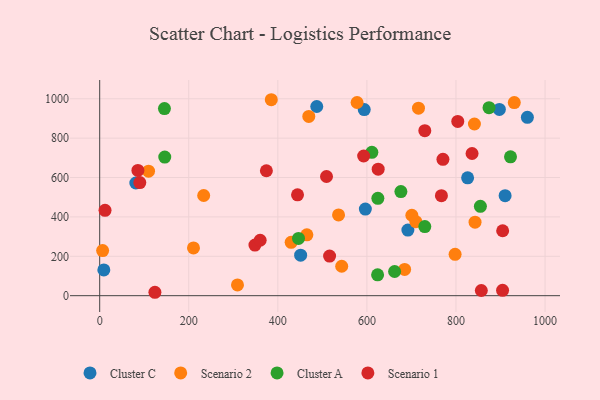
{"axis": {"x": "Investment", "y": "Rating"}, "legend": ["Cluster A", "Cluster C", "Scenario 1", "Scenario 2"], "data": [{"x": "910.3", "y": 508.1, "type": "Cluster C"}, {"x": "897.4", "y": 945.9, "type": "Cluster C"}, {"x": "596.5", "y": 440.1, "type": "Cluster C"}, {"x": "487.4", "y": 960.9, "type": "Cluster C"}, {"x": "9.3", "y": 130.7, "type": "Cluster C"}, {"x": "451.2", "y": 205.8, "type": "Cluster C"}, {"x": "81.1", "y": 572.3, "type": "Cluster C"}, {"x": "594.0", "y": 945.2, "type": "Cluster C"}, {"x": "692.0", "y": 333.1, "type": "Cluster C"}, {"x": "826.1", "y": 598.5, "type": "Cluster C"}, {"x": "960.3", "y": 905.7, "type": "Cluster C"}, {"x": "109.7", "y": 632.3, "type": "Scenario 2"}, {"x": "930.9", "y": 980.5, "type": "Scenario 2"}, {"x": "469.5", "y": 910.2, "type": "Scenario 2"}, {"x": "536.3", "y": 410.3, "type": "Scenario 2"}, {"x": "465.2", "y": 308.9, "type": "Scenario 2"}, {"x": "715.8", "y": 952.3, "type": "Scenario 2"}, {"x": "798.0", "y": 210.1, "type": "Scenario 2"}, {"x": "233.5", "y": 508.8, "type": "Scenario 2"}, {"x": "842.8", "y": 373.2, "type": "Scenario 2"}, {"x": "684.7", "y": 133.1, "type": "Scenario 2"}, {"x": "385.3", "y": 995.2, "type": "Scenario 2"}, {"x": "841.4", "y": 871.9, "type": "Scenario 2"}, {"x": "309.4", "y": 54.8, "type": "Scenario 2"}, {"x": "6.6", "y": 229.2, "type": "Scenario 2"}, {"x": "700.9", "y": 408.4, "type": "Scenario 2"}, {"x": "429.9", "y": 271.0, "type": "Scenario 2"}, {"x": "210.6", "y": 242.7, "type": "Scenario 2"}, {"x": "577.9", "y": 981.1, "type": "Scenario 2"}, {"x": "543.4", "y": 149.4, "type": "Scenario 2"}, {"x": "709.9", "y": 375.7, "type": "Scenario 2"}, {"x": "611.1", "y": 728.3, "type": "Cluster A"}, {"x": "146.1", "y": 703.7, "type": "Cluster A"}, {"x": "874.2", "y": 954.6, "type": "Cluster A"}, {"x": "624.6", "y": 494.5, "type": "Cluster A"}, {"x": "446.4", "y": 290.7, "type": "Cluster A"}, {"x": "730.0", "y": 350.8, "type": "Cluster A"}, {"x": "145.4", "y": 950.3, "type": "Cluster A"}, {"x": "922.4", "y": 705.1, "type": "Cluster A"}, {"x": "676.3", "y": 528.8, "type": "Cluster A"}, {"x": "624.0", "y": 106.0, "type": "Cluster A"}, {"x": "854.8", "y": 453.8, "type": "Cluster A"}, {"x": "662.2", "y": 122.7, "type": "Cluster A"}, {"x": "904.8", "y": 329.8, "type": "Scenario 1"}, {"x": "730.0", "y": 838.2, "type": "Scenario 1"}, {"x": "516.2", "y": 201.0, "type": "Scenario 1"}, {"x": "12.0", "y": 433.5, "type": "Scenario 1"}, {"x": "836.1", "y": 722.1, "type": "Scenario 1"}, {"x": "124.0", "y": 17.3, "type": "Scenario 1"}, {"x": "592.7", "y": 709.3, "type": "Scenario 1"}, {"x": "374.3", "y": 634.5, "type": "Scenario 1"}, {"x": "770.7", "y": 692.7, "type": "Scenario 1"}, {"x": "625.3", "y": 642.4, "type": "Scenario 1"}, {"x": "85.8", "y": 636.1, "type": "Scenario 1"}, {"x": "767.3", "y": 508.1, "type": "Scenario 1"}, {"x": "444.2", "y": 512.3, "type": "Scenario 1"}, {"x": "348.6", "y": 256.8, "type": "Scenario 1"}, {"x": "856.9", "y": 26.4, "type": "Scenario 1"}, {"x": "90.1", "y": 574.4, "type": "Scenario 1"}, {"x": "360.3", "y": 281.5, "type": "Scenario 1"}, {"x": "804.0", "y": 885.1, "type": "Scenario 1"}, {"x": "509.3", "y": 605.3, "type": "Scenario 1"}, {"x": "904.6", "y": 27.4, "type": "Scenario 1"}]}